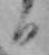
日